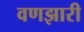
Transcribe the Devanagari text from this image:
वणझारी